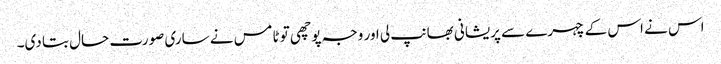
اس نے اس کے چہرے سے پریشانی بھانپ لی اور وجہ پوچھی تو ٹامس نے ساری صورت حال بتا دی۔